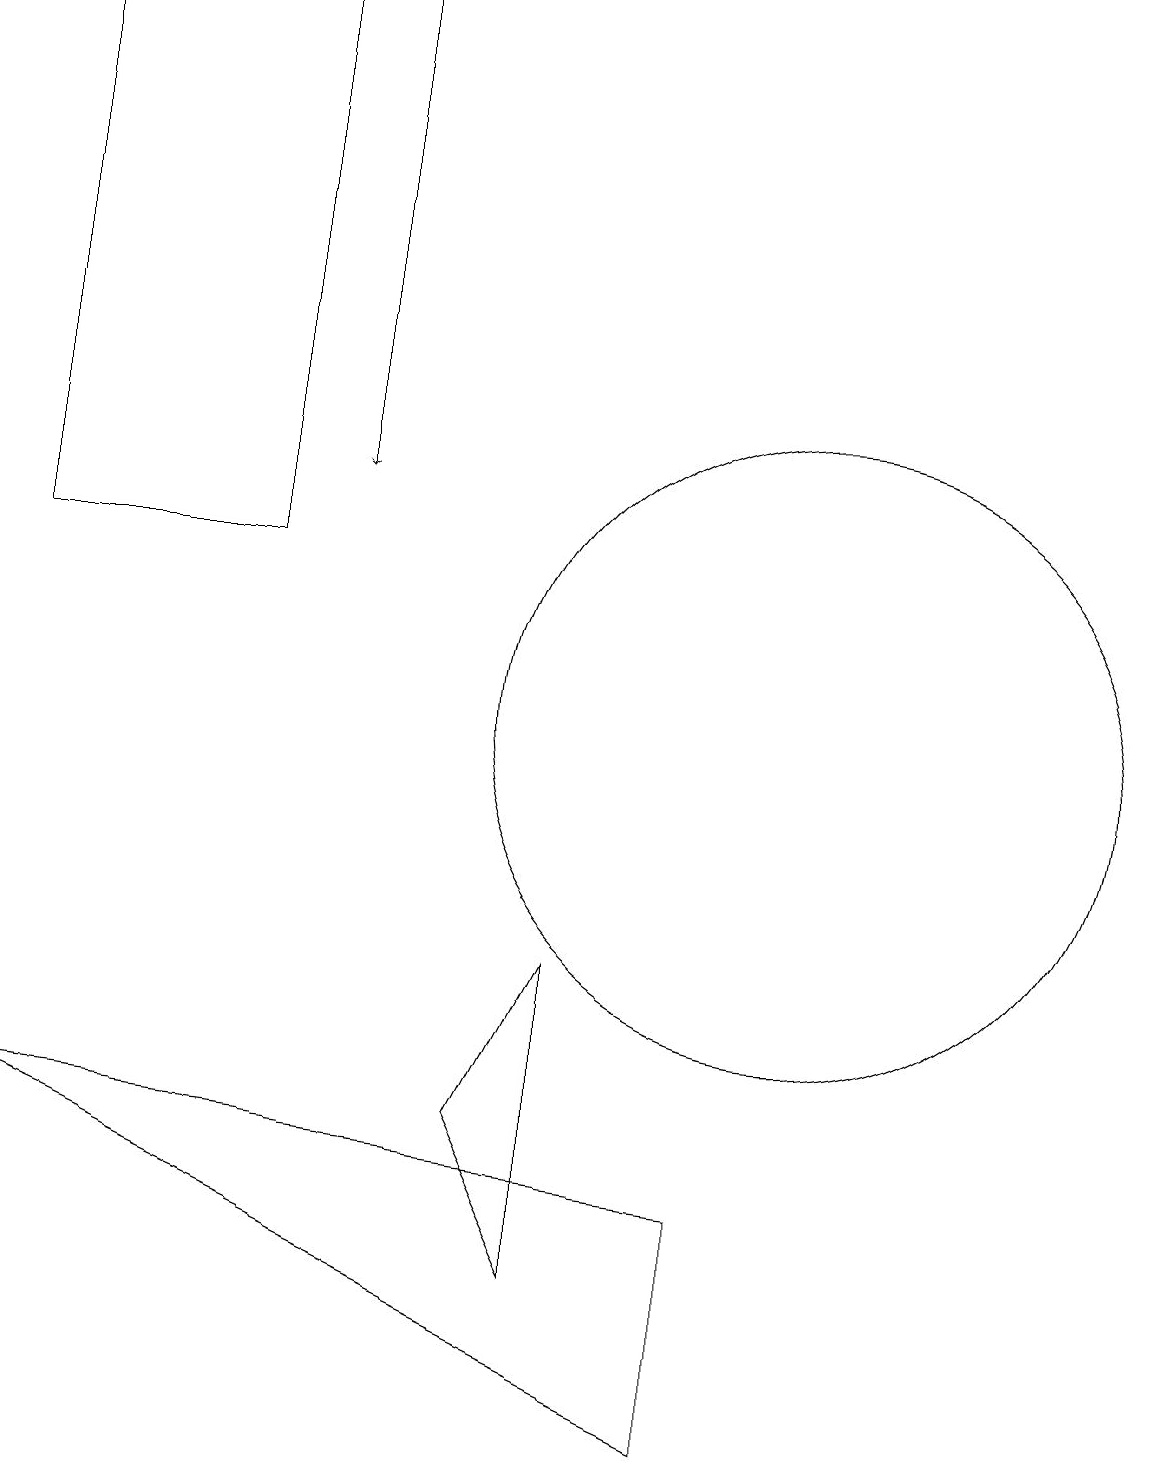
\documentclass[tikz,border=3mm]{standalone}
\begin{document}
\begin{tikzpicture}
\draw[->] (4,19) -- (4,13);
\draw (10,10) circle (4);
\draw (6,5) -- (7,3) -- (7,7) -- cycle;
\draw (0,19) rectangle (3,12);
\draw (9,4) -- (0,5) -- (9,1) -- cycle;
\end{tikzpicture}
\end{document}